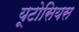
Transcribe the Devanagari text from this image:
यूटोसियस